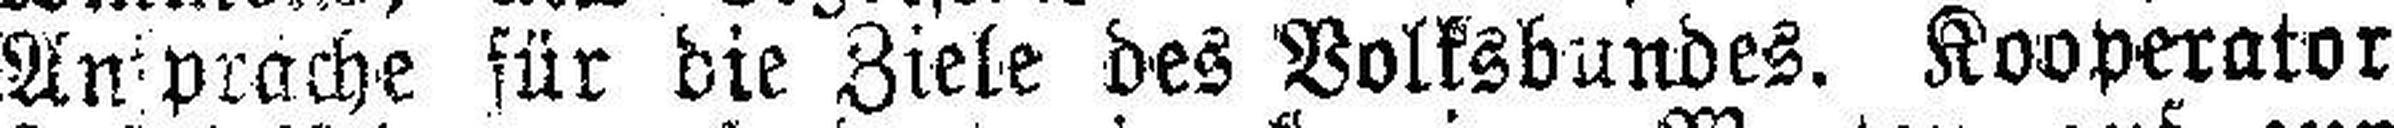
Ansprache für die Ziele des Volksbundes. Kooperator